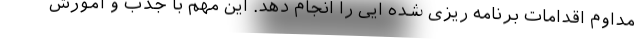
مداوم اقدامات برنامه ریزی شده ایی را انجام دهد. این مهم با جذب و آموزش